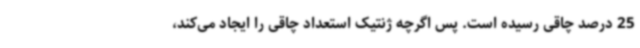
25 درصد چاقی رسیده است. پس اگرچه ژنتیک استعداد چاقی را ایجاد می‌کند،